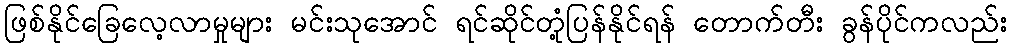
ဖြစ်နိုင်ခြေလေ့လာမှုများ မင်းသုအောင် ရင်ဆိုင်တုံ့ပြန်နိုင်ရန် တောက်တီး ခွန်ပိုင်ကလည်း